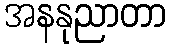
အနနုညာတာ